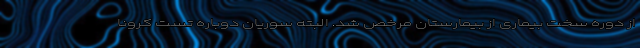
از دوره سخت بیماری از بیمارستان مرخص شد. البته سوریان دوباره تست کرونا